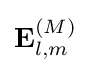
\mathbf {E} _{l,m}^{(M)}